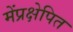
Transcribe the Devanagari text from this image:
मेंप्रक्षेपित